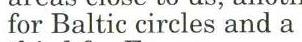
for Baltic circles and a